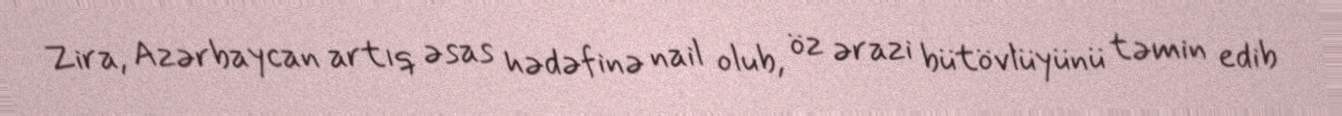
Zira, Azərbaycan artıq əsas hədəfinə nail olub, öz ərazi bütövlüyünü təmin edib